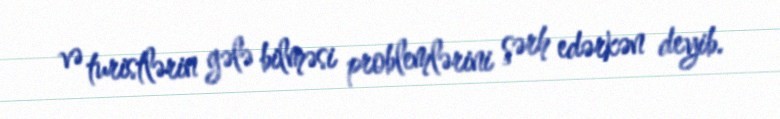
və turistlərin gələ bilməsi problemlərini şərh edərkən deyib.